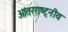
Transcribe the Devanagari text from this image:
आंतरराष्ट्नीय